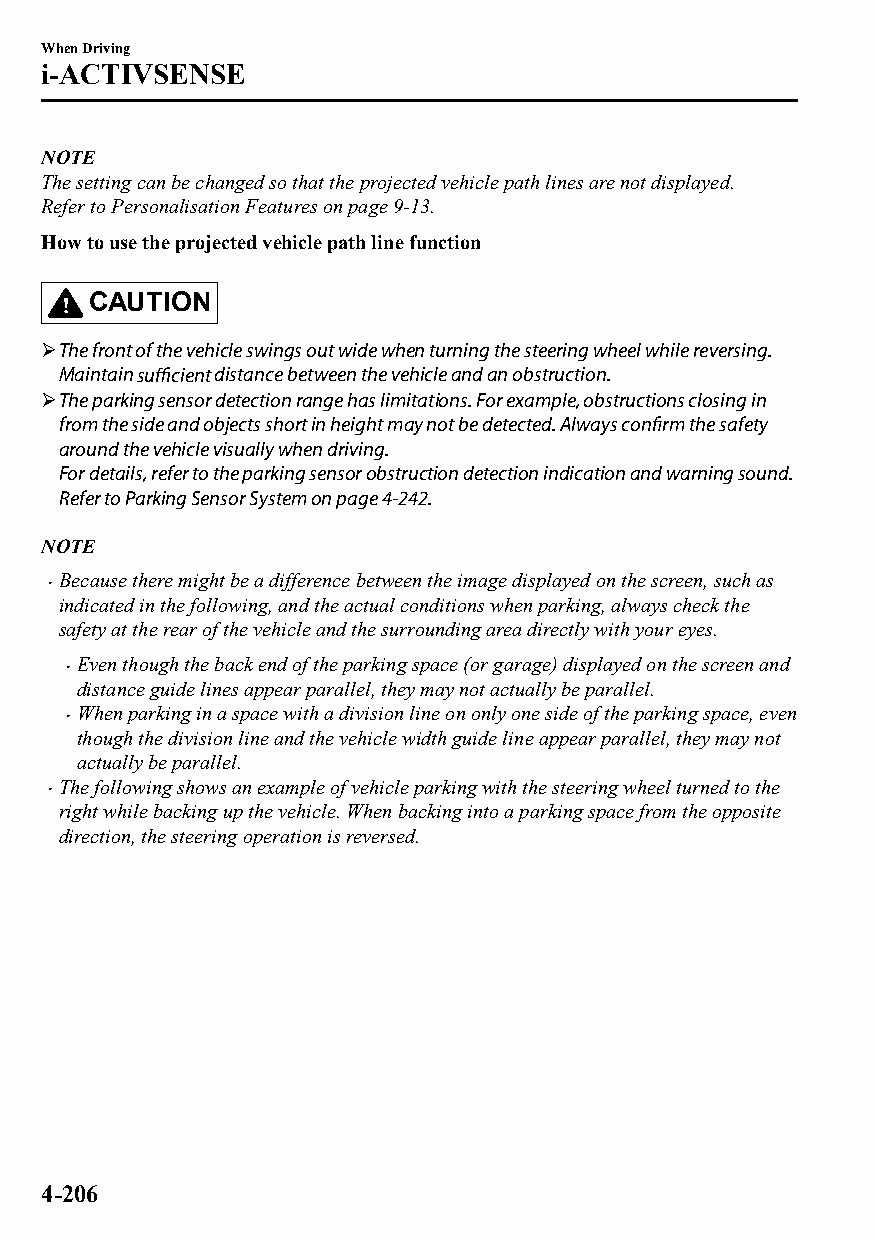
When Driving
 i-ACTIVSENSE
 NOTE
 The setting can be changed so that the projected vehicle path lines are not displayed.
 Refer to Personalisation Features on page 9-13.
 How to use the projected vehicle path line function
 CAUTION
 The front of the vehicle swings out wide when turning the steering wheel while reversing.
 Maintain sufficient distance between the vehicle and an obstruction.
 The parking sensor detection range has limitations. For example, obstructions closing in
 from the side and objects short in height may not be detected. Always confirm the safety
 around the vehicle visually when driving.
 For details, refer to the parking sensor obstruction detection indication and warning sound.
 Refer to Parking Sensor System on page 4-242.
 NOTE
 Because there might be a difference between the image displayed on the screen, such as
 
 indicated in the following, and the actual conditions when parking, always check the
 safety at the rear of the vehicle and the surrounding area directly with your eyes.
 Even though the back end of the parking space (or garage) displayed on the screen and
 
 distance guide lines appear parallel, they may not actually be parallel.
 When parking in a space with a division line on only one side of the parking space, even
 
 though the division line and the vehicle width guide line appear parallel, they may not
 actually be parallel.
 The following shows an example of vehicle parking with the steering wheel turned to the
 
 right while backing up the vehicle. When backing into a parking space from the opposite
 direction, the steering operation is reversed.
 4-206
 CX-3_8GT4-EE-18D_Edition4                  2018-9-6 18:32:19